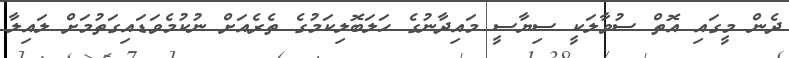
ދެން މީގައި އޮތް ސުވާލަކީ ސިޔާސީ މައިދާނުގެ ހަލަބޮލިކަމުގެ ތެރެއަށް ނުކުމެވަޑައިގަތުމަށް ލައިލާ